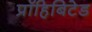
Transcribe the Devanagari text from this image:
प्रॉहिबिटेड